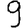
Digit: 9